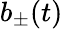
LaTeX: b_{\pm}(t)